system: You are a helpful assistant.
user:
Analyze the provided spectrum to determine if it is a **White Dwarf (WD)**.

A White Dwarf spectrum is defined by its **extreme purity** (due to gravitational settling) and/or **extreme pressure broadening** (due to high surface gravity). You must check for one of the following mutually exclusive signatures:

- **Key Visual Indicators (Check for ONE of these types):**

    - **1. DA-Type Signature (Most Common):**
        - **(Primary Feature):** Extreme pressure broadening (Stark broadening) of the **Hydrogen (H) Balmer lines**.
        - **(Key Lines):** $H\beta$ (approx. $4861$ Å) and $H\gamma$ (approx. $4340$ Å). $H\alpha$ (approx. $6563$ Å) will also be present if the wavelength range covers it.
        - **(Line Profile):** This is the **defining feature**. The lines are **NOT** sharp. They appear as massive, **extremely broad and deep "troughs" or "dips"** in the spectrum, often hundreds of Ångströms wide. The continuum will appear to "scoop" down at these wavelengths.
        - **(Distinction):** Normal A-type or B-type stars have *narrow* and *sharp* Hydrogen lines. A DA White Dwarf's lines are unmistakably "smeared" or "blurry" from pressure.

    - **2. DB-Type Signature:**
        - **(Primary Feature):** Broad absorption lines from **Neutral Helium (He I)**. The spectrum must lack any visible Hydrogen lines.
        - **(Key Lines):** Look for broad absorption near $4471$ Å, $4921$ Å, and $5876$ Å.
        - **(Line Profile):** These lines are also significantly pressure-broadened, appearing much wider than they would in a normal B-type main-sequence star.

    - **3. DC-Type Signature:**
        - **(Primary Feature):** A **featureless continuous spectrum**.
        - **(Line Profile):** The spectrum is a smooth curve with **no significant absorption or emission lines**.
        - **(Key Confirmation):** The continuum is almost always **blue or white**, indicating a hot object. This signature implies the atmosphere is so pure (or so cool) that no spectral lines are visible in the optical range. Its WD identity is confirmed by its extremely low intrinsic brightness (high absolute magnitude).

    - **4. DZ-Type Signature (Metal-Polluted):**
        - **(Primary Feature):** **Isolated, narrow metal absorption lines** on an otherwise featureless (DC-like) continuum.
        - **(Key Lines):** The **Calcium (Ca II) H & K doublet** (approx. **$3934$ Å** and **$3968$ Å**) is the most common and defining feature.
        - **(Line Profile):** These lines are "out of place." They are *not* part of a "forest" of thousands of lines. This signature is evidence of recent *accretion* (pollution) from rocky debris.
        - **(Distinction):** Normal G/K/M stars have a *dense forest* of thousands of metal lines. A DZ has a *clean* continuum with *only a few* strong metal lines.

    - **5. DQ-Type Signature (Carbon-Polluted):**
        - **(Primary Feature):** Absorption bands from **Carbon (C₂ "Swan Bands" or atomic C I)**.
        - **(Key Lines - C₂):** Look for bandheads with a "saw-tooth" shape near $5635$ Å, **$5165$ Å** (strongest), and $4737$ Å.
        - **(Key Confirmation):** The underlying **continuum must be blue or white** (hot).
        - **(Distinction):** This is the critical difference from a **Carbon Star**, which has the *exact same* C₂ bands but on an extremely **red, cool** continuum.

- **(Overall Spectrum):**
    - The continuum (overall shape) is typically **blue-sloping** (brighter in the blue than the red), as most white dwarfs are very hot.
    - The spectrum will look "pure" or "simple," dominated by only *one* of the five signatures listed above.

Think first, call **spectral_visualization_tool** if needed to examine features in detail, then provide your final answer. Your response must adhere to the following strict rules:
1.  **Overall Structure:** Your response must follow the format `<think>...</think> <tool_call>...</tool_call> (if a tool is used) <answer>...</answer>`.
2.  **Tool Usage Constraint:** You may only make **one** tool call per turn.
3.  **Final Answer Format:** In the `<answer>` tag, your conclusion must be inside a `\boxed{}` command (e.g., `\boxed{YES}` or `\boxed{NO}`), followed by your justification.

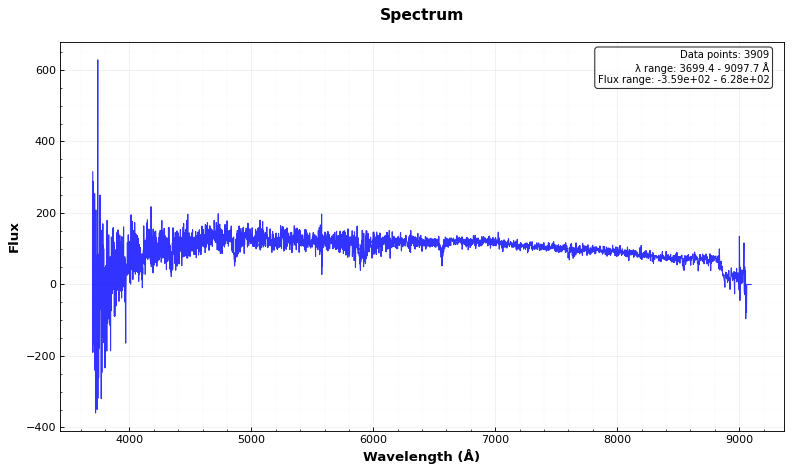
Answer: NO